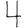
Digit: 4